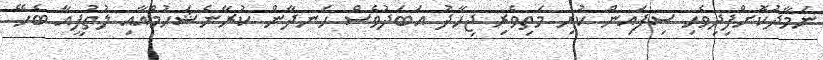
ނަމާދުކޮށްފިދިވެހި ސިފައިން ކުރި މަތިވެރި ޖިހާދު އަބަދުވެސް ހަނދާން ކުރާނެޝަހުމްއާއި ލުތުފީއާ ބެހޭ